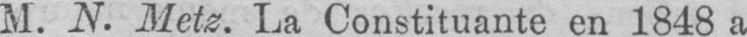
M. N. Metz. La Constituante en 1848 a